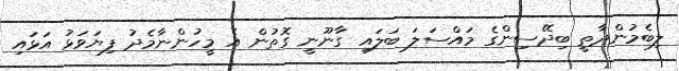
ލިބެމުންދާތީ ބިދޭސިންގެ މައްސަލަ ބަލައި ގާނޫނީ ގޮތުން އެ މީހުންނާމެދު ފިޔަވަޅު އަޅައި